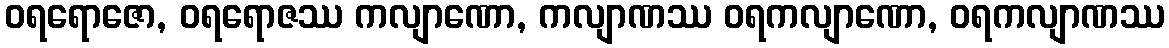
ဝရရောဇော, ဝရရောဇဿ ကလျာဏော, ကလျာဏဿ ဝရကလျာဏော, ဝရကလျာဏဿ